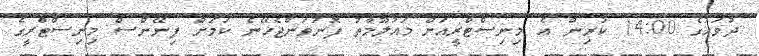
ދުވަހުގެ 14:00 ކުރިން އެ މިނިސްޓްރީއަށް މައުލޫމާތު ފޮނުވަންޖެހޭނެ ކަމަށް ފިނޭންސް މިނިސްޓްރީގެ